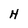
Character: H